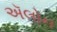
ઍલોન